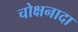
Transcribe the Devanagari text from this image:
चोक्षनादा